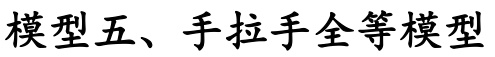
模型五、手拉手全等模型